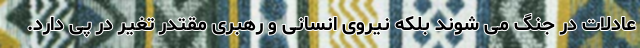
عادلات در جنگ می شوند بلکه نیروی انسانی و رهبری مقتدر تغیر در پی دارد.